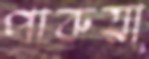
পারুয়া